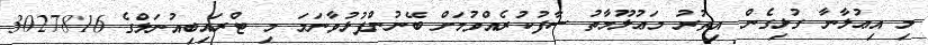
މި އިޢުލާނާ ގުޅިގެން އިތުރު މަޢުލޫމާތު ސާފުކުރެއްވުމަށް ބޭނުންފުޅުވާނަމަ މި ޓްރައިބިއުނަލްގެ 3027816